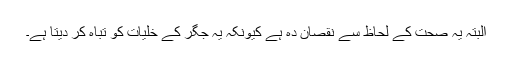
البتہ یہ صحت کے لحاظ سے نقصان دہ ہے کیونکہ یہ جگر کے خلیات کو تباہ کر دیتا ہے۔